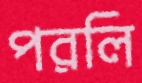
পরলি